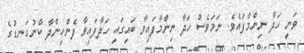
ވަނީ ހަދާ ނިންމާފައެވެ. ނަމަވެސް ހަދާ ނިންމާފައިވާ ބައިގައި ހަދާފައިވާ ފެންހިންދާ ކާނުގަނޑުގެ